Vaccination report Assam 1874-1896 - 1874-1896
Year: 1874
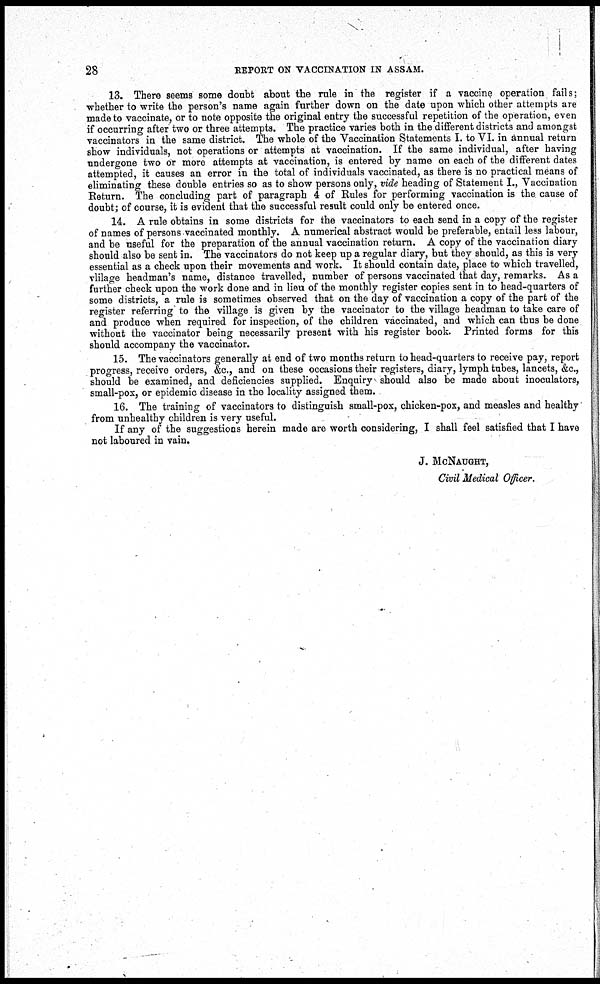
28
REPORT ON VACCINATION IN ASSAM.
13. There seems some doubt about the rule in the register if a vaccine operation fails;
whether to write the person's name again further down on the date upon which other attempts are
made to vaccinate, or to note opposite the original entry the successful repetition of the operation, even
if occurring after two or three attempts. The practice varies both in the different districts and amongst
vaccinators in the same district. The whole of the Vaccination Statements I. to VI. in annual return
show individuals, not operations or attempts at vaccination. If the same individual, after having
undergone two or more attempts at vaccination, is entered by name on each of the different dates
attempted, it causes an error in the total of individuals vaccinated, as there is no practical means of
eliminating these double entries so as to show persons only, vide heading of Statement I., Vaccination
Return. The concluding part of paragraph 4 of Rules for performing vaccination is the cause of
doubt; of course, it is evident that the successful result could only be entered once.
14. A rule obtains in some districts for the vaccinators to each send in a copy of the register
of names of persons vaccinated monthly. A numerical abstract would be preferable, entail less labour,
and be useful for the preparation of the annual vaccination return. A copy of the vaccination diary
should also be sent in. The vaccinators do not keep up a regular diary, but they should, as this is very
essential as a check upon their movements and work. It should contain date, place to which travelled,
vlilage headman's name, distance travelled, number of persons vaccinated that day, remarks. As a
further check upon the work done and in lieu of the monthly register copies sent in to head-quarters of
some districts, a rule is sometimes observed that on the day of vaccination a copy of the part of the
register referring to the village is given by the vaccinator to the village headman to take care of
and produce when required for inspection, of the children vaccinated, and which can thus be done
without the vaccinator being necessarily present with his register book. Printed forms for this
should accompany the vaccinator.
15. The vaccinators generally at end of two months return to head-quarters to receive pay, report
progress, receive orders, &c., and on these occasions their registers, diary, lymph tubes, lancets, &c.,
should be examined, and deficiencies supplied. Enquiry should also be made about inoculators,
small-pox, or epidemic disease in the locality assigned them.
16. The training of vaccinators to distinguish small-pox, chicken-pox, and measles and healthy
from unhealthy children is very useful.
If any of the suggestions herein made are worth considering, I shall feel satisfied that I have
not laboured in vain.
J. McNAUGHT,
Civil Medical Officer.